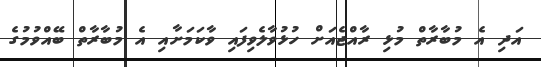
އަދި އެ މުބާރާތް މުޅި ރާއްޖެއަށް ހުޅުވާލެވިފައި ވާކަމަށާއި އެ މުބާރާތް ބޭއްވުމުގެ